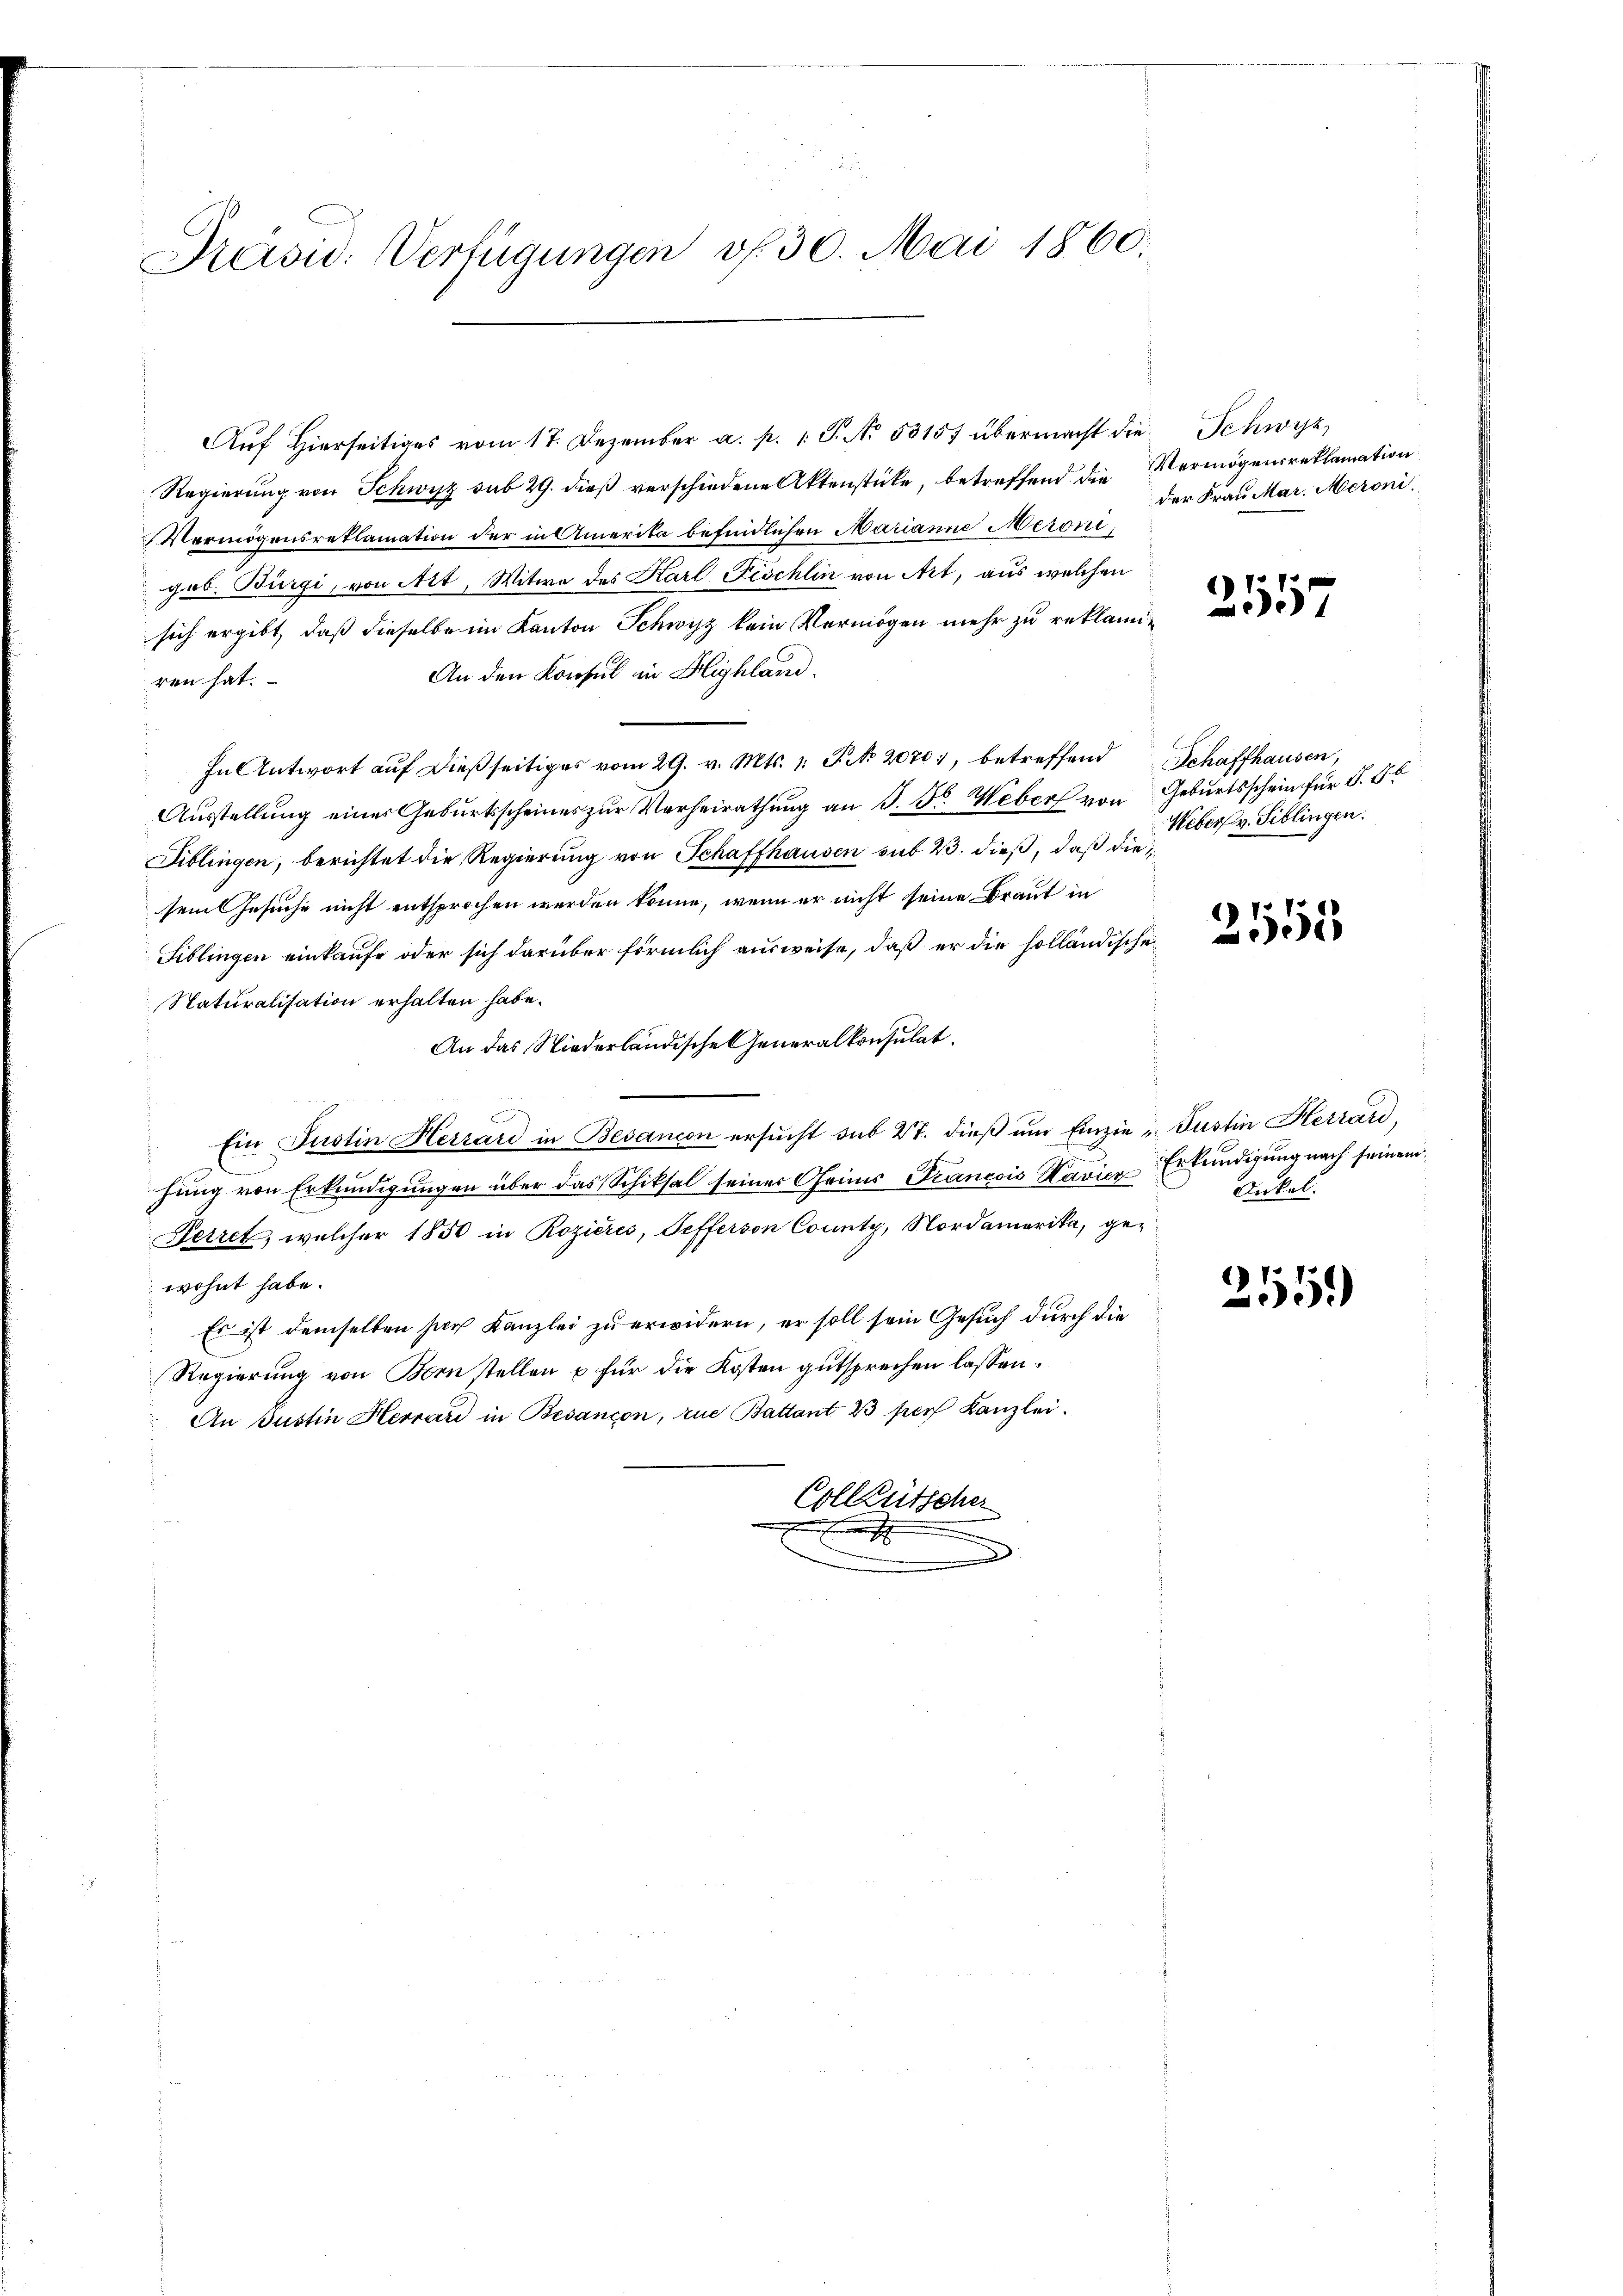
n
Präsid. Verfügungen v. 30. Mai 1860.

Auf hierseitiges vom 17. Dezember a. p. 1. P. No 53157 übermacht die Schwyz
Regierung von Schwyz sub 29. dieß verschiedene Aktenstücke, betreffend die Vermögensreklamation
Vermögensreklamation der in Amerika befindlichen Marianne Meronigeb. Bürgi, von Art, Witwe des Karl Fischlin von Art, aus welchen
sich ergibt, daß dieselbe im Kanton Schwyz kein Vermögen mehr zu reklami¬
An den Konsul in Highland.
ren hat.
In Antwort aŭf dieβ seitiges vom 29. v. Mts. 1. S. 20701, betreffend Schaffhausen,
Ausstellung eines Geburtsscheines zur Verheirathung an J. J. Weber von Geburtsschein für d. 5t
Fiblingen, berichtet die Regierung von Schaffhausen sub 23. dieß, daß die
sem Gesuche nicht entsprochen werden könne, wenn er nicht seine Braut in
Fiblingen einkaufe oder sich darüber förmlich ausweise, daß er die holländische
Naturalisation erhalten habe.
An das Niederländische Generalkonsulat
Ein Justin Herrard in Besancen ersucht sub 27. dieß um Einzie Justin Herrard,
.
hung von Erkundigungen über das Schiksal seiner Geis Francois Havier Erkundigung nach seinem
Derret, welcher 1850 in Rozières, Sefferson County, Nordamerika, gewohnt habe.
Es ist demselben sich Kanzlei zu erwidern, er soll sein Gesuch durch die
Regierung von Born stellen u für die Kosten gutsprechen lassen.
An Justin Herrard in Besançon, zue Battant 23 per Kanzlei.
Colleutscher

der Frau Mar. Meroni.

2557

Weberg. Siblingen.

2)
5

Dickel.

2559)